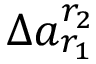
\Delta a _ { r _ { 1 } } ^ { r _ { 2 } }